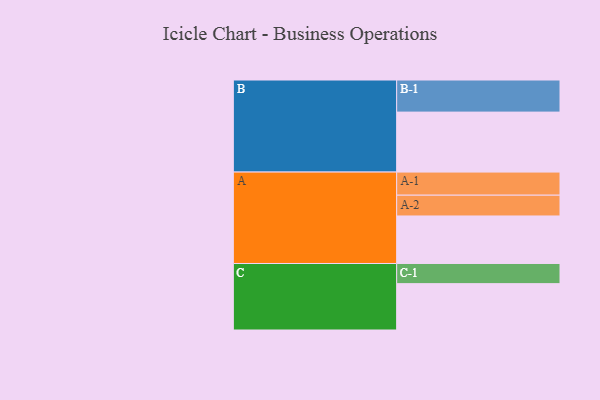
{"axis": {"x": "Segment", "y": "Value"}, "legend": ["", "A", "B", "C"], "data": [{"x": "A", "y": 370, "type": ""}, {"x": "B", "y": 467, "type": ""}, {"x": "C", "y": 361, "type": ""}, {"x": "A-1", "y": 180, "type": "A"}, {"x": "A-2", "y": 162, "type": "A"}, {"x": "B-1", "y": 250, "type": "B"}, {"x": "C-1", "y": 157, "type": "C"}]}